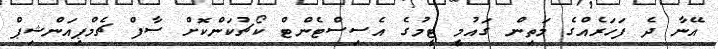
އޭނާ ދެ ފަހަރެއްގެ މަތިން ގައުމީ ޓީމުގެ އެސިސްޓެންޓް ކޯޗުކަންކޮށް ސާފް ޗެމްޕިއަންޝިޕް